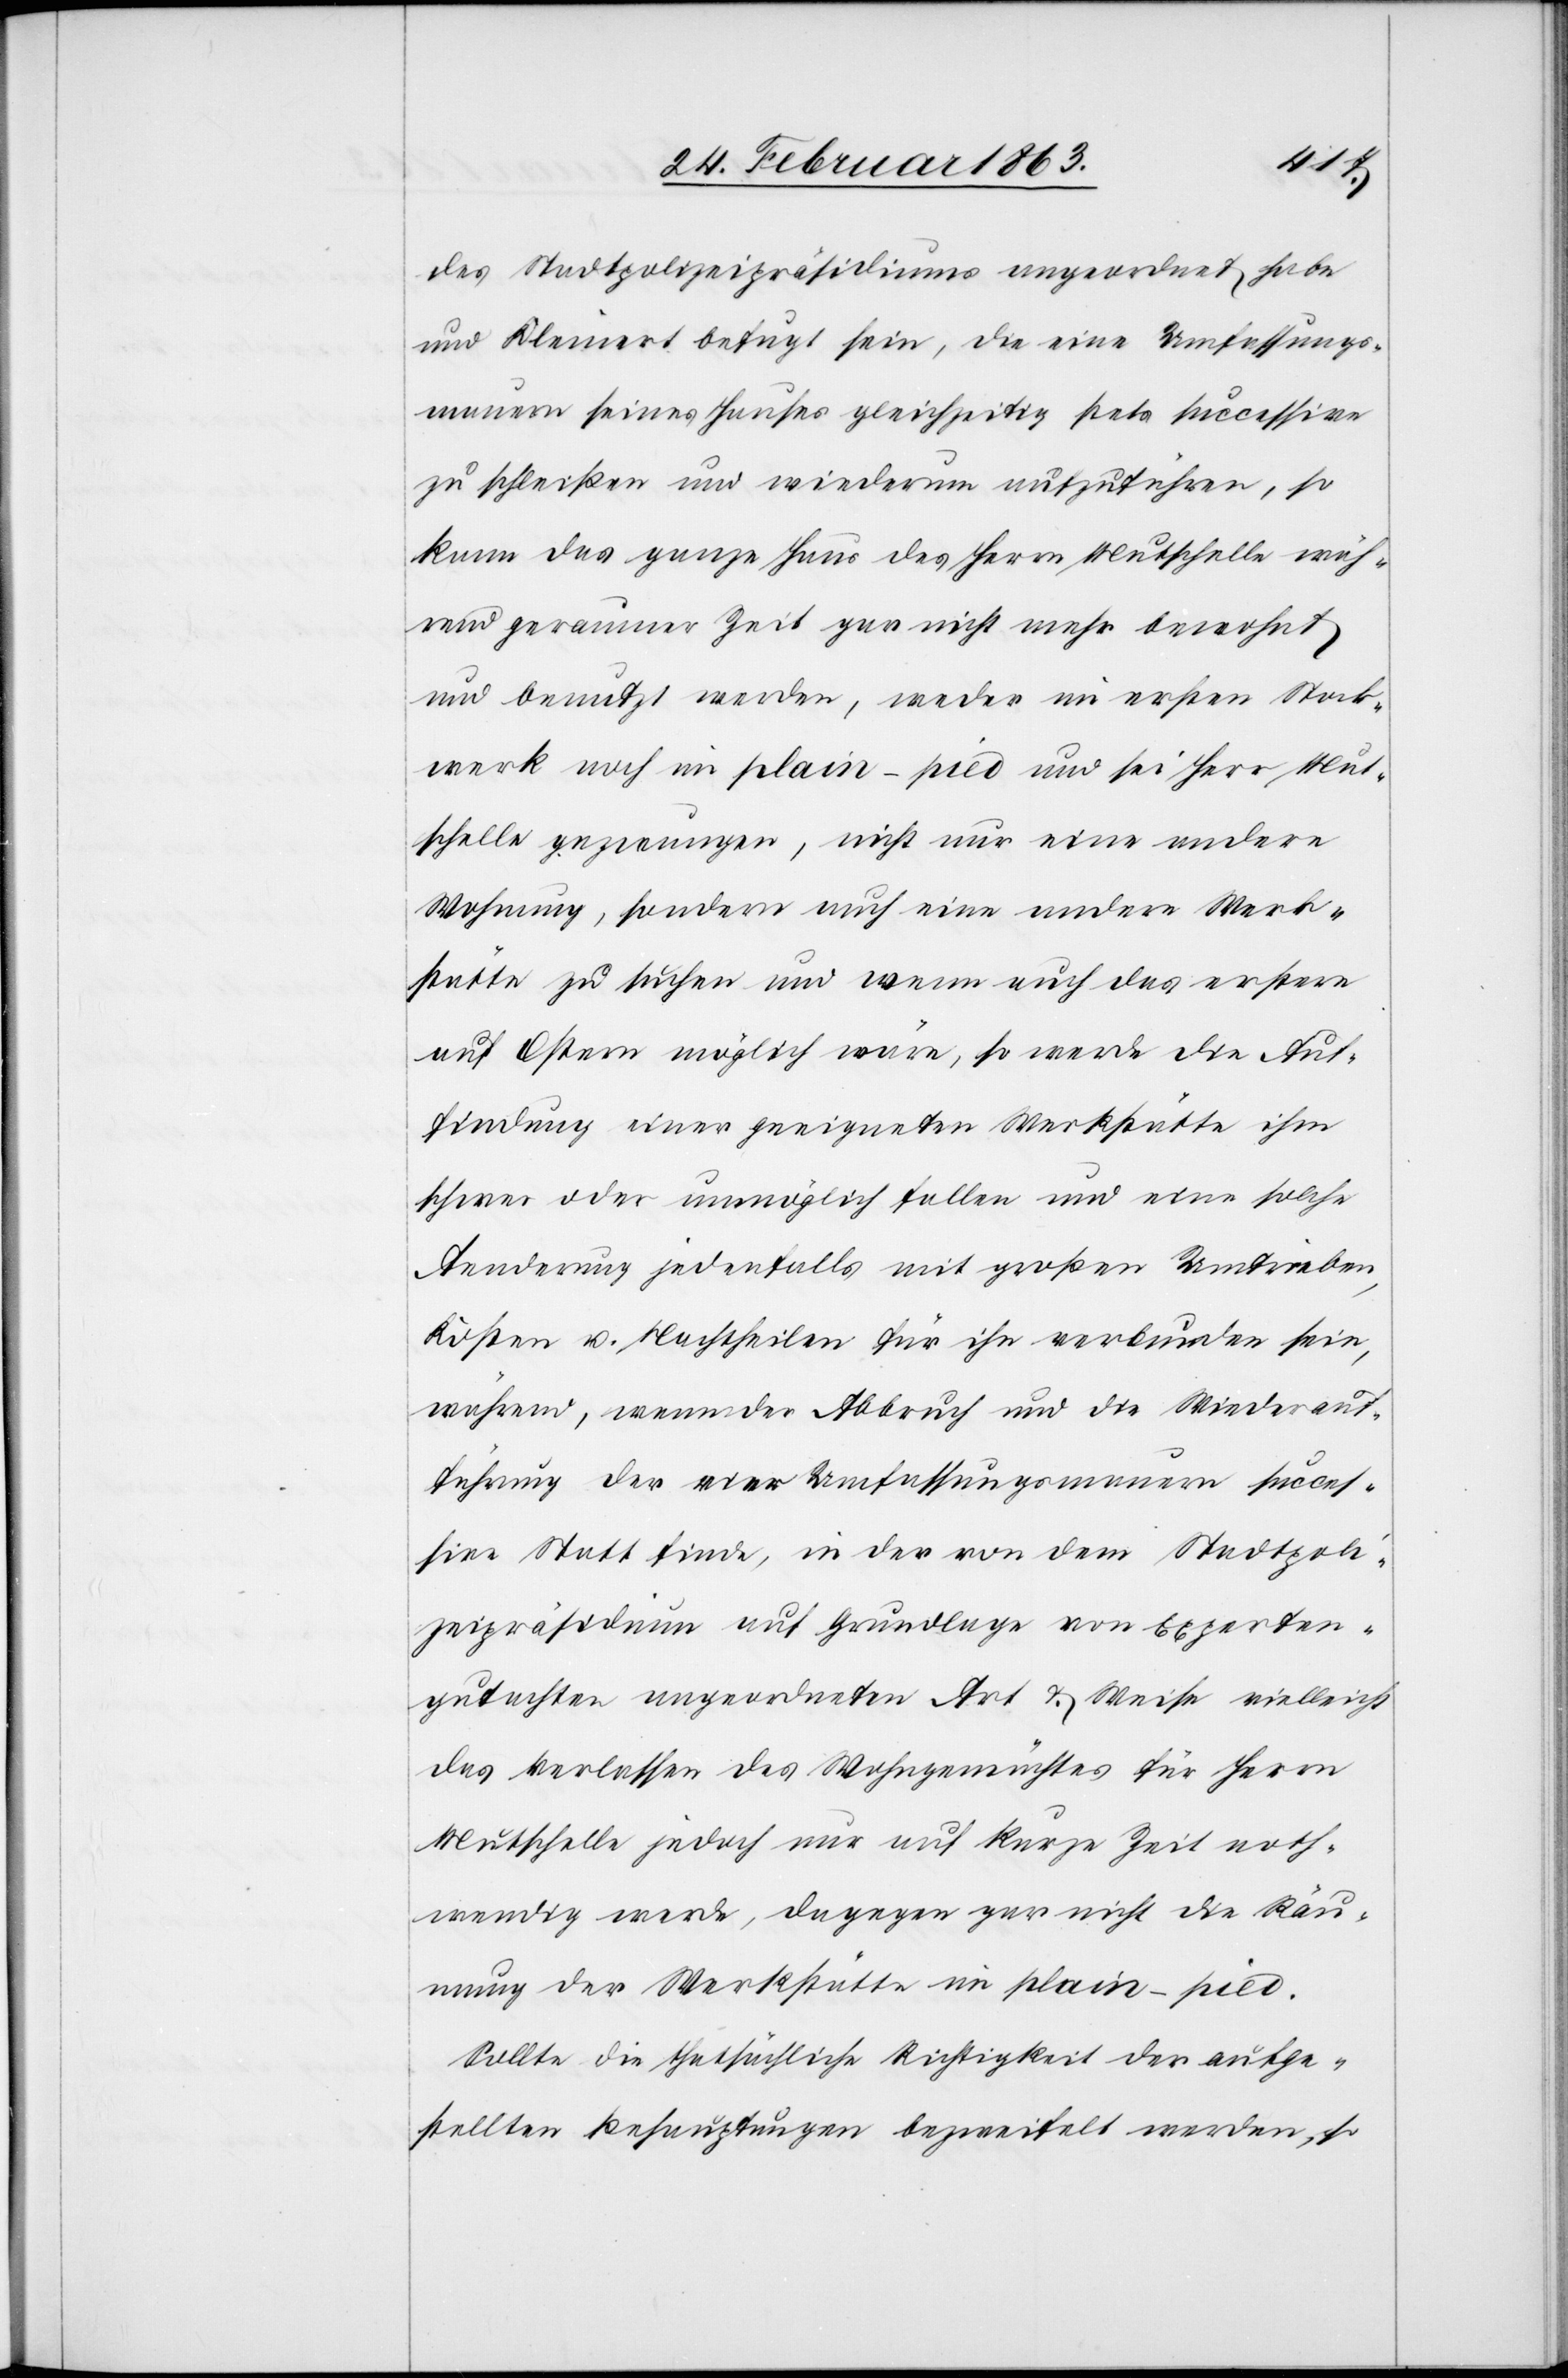
des Stadtpolizeipräsidiums angeordnet habe
und Kleinert befugt sein, die eine Umfassungs¬
mauern seines Hauses gleichzeitig stets successive
zu schleißen und wiederum aufzuführen, so
kann das ganze Haus des Herrn Mutschelle wäh¬
rend geraumer Zeit gar nicht mehr bewohnt
und benutzt werden, weder im ersten Stock¬
werk noch im plain-pied und sei Herr Mut¬
schelle gezwungen, nicht nur eine andere
Wohnung, sondern auch eine andere Werk¬
stätte zu suchen und wenn auch das erstere
auf Ostern möglich wäre, so werde die Auf¬
findung einer geeigneten Werkstätte ihm
schwer oder unmöglich fallen und eine solche
Aenderung jedenfalls mit großen Umtrieben,
Kosten u. Nachtheilen für ihn verbunden sein,
während, wenn der Abbruch und die Wiederauf¬
führung der vier Umfassungsmauern succes¬
sive Statt finde, in der von dem Stadtpoli¬
zeipräsidium auf Grundlage von Experten¬
gutachten angeordneten Art & Weise vielleicht
das Verlassen des Wohngemächtes für Herrn
Mutschelle jedoch nur auf kurze Zeit noth¬
wendig werde, dagegen gar nicht die Räu¬
mung der Werkstätte im plain-pied.
Sollte die thatsächliche Richtigkeit der aufge¬
stellten Behauptungen bezweifelt werden, so